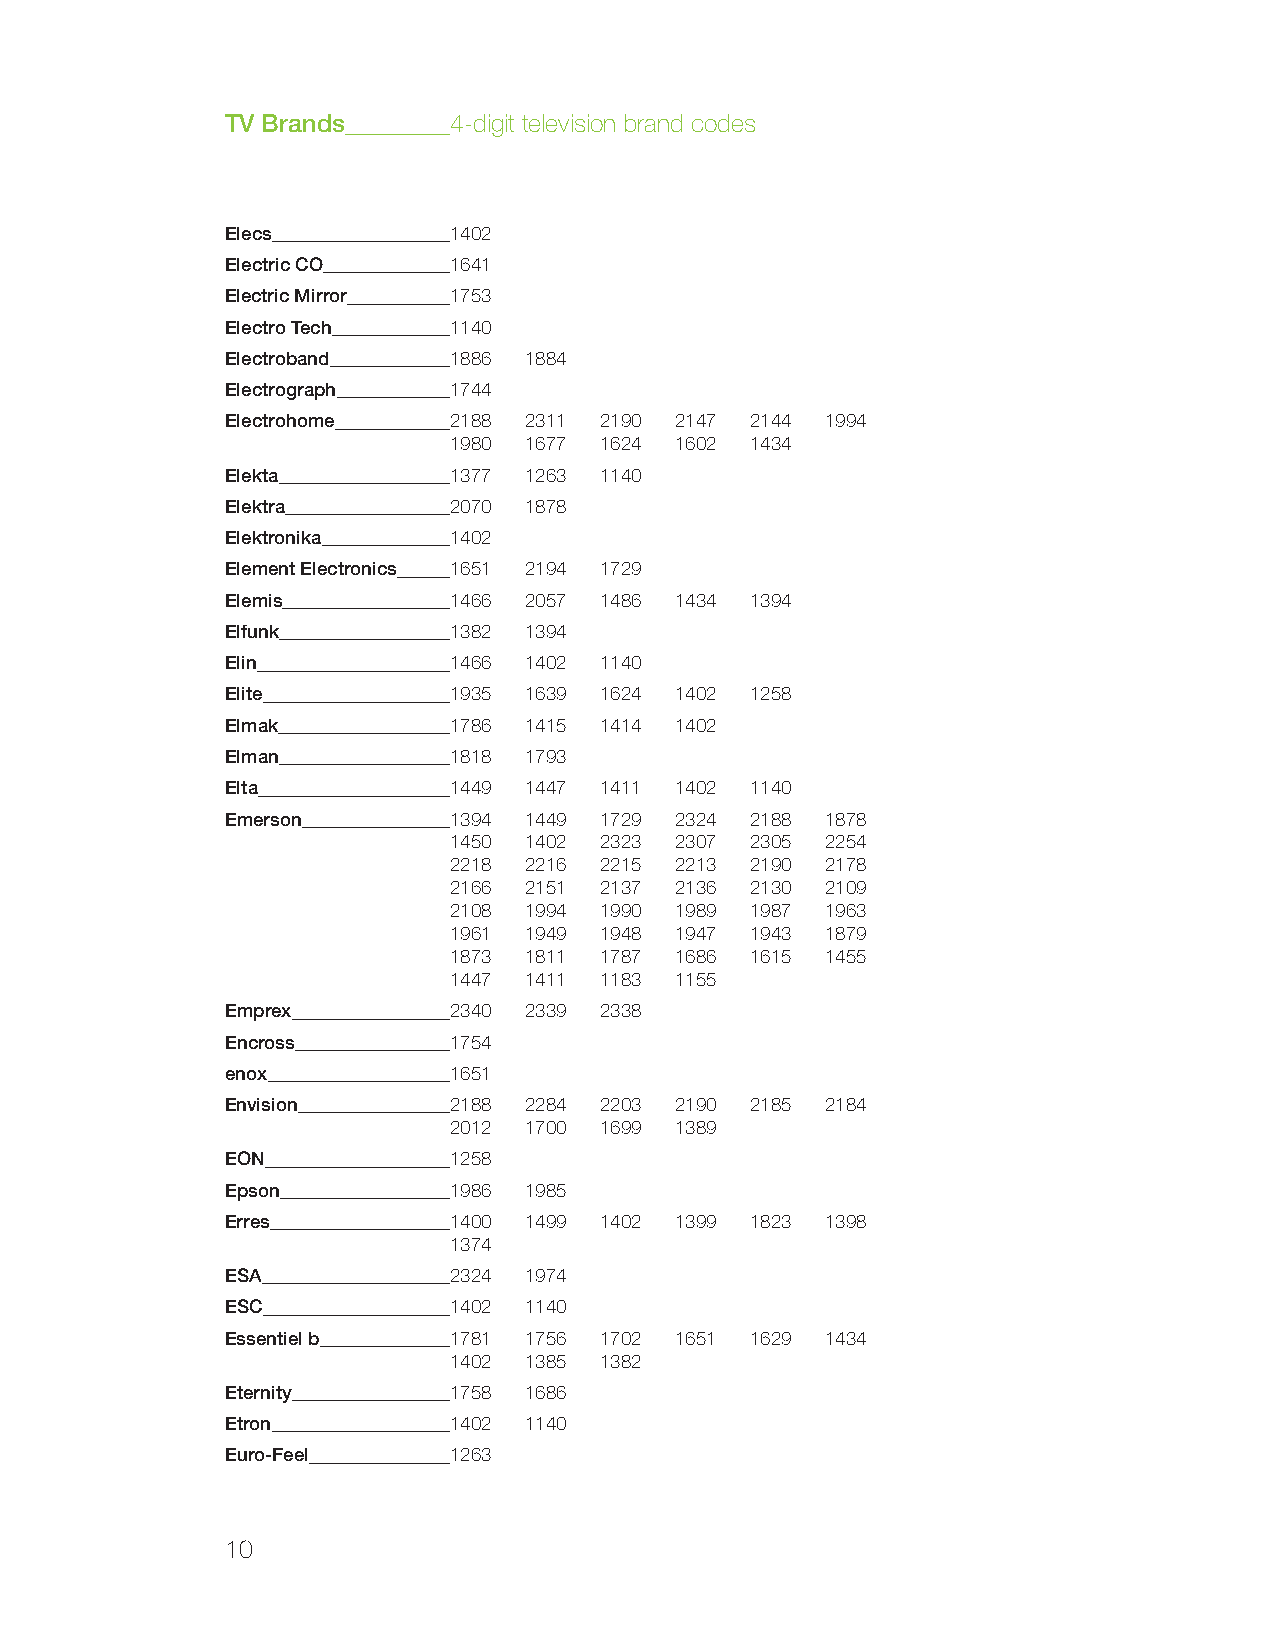
TV Brands      4-digit television brand codes
 Elecs          1402
 Electric CO    1641
 Electric Mirror 1753
 Electro Tech   1140
 Electroband    1886 1884
 Electrograph   1744
 Electrohome    2188 2311 2190 2147 2144 1994
 1980 1677 1624 1602 1434
 Elekta         1377 1263 1140
 Elektra        2070 1878
 Elektronika    1402
 Element Electronics 1651 2194 1729
 Elemis         1466 2057 1486 1434 1394
 Elfunk         1382 1394
 Elin           1466 1402 1140
 Elite          1935 1639 1624 1402 1258
 Elmak          1786 1415 1414 1402
 Elman          1818 1793
 Elta           1449 1447 1411 1402 1140
 Emerson        1394 1449 1729 2324 2188 1878
 1450 1402 2323 2307 2305 2254
 2218 2216 2215 2213 2190 2178
 2166 2151 2137 2136 2130 2109
 2108 1994 1990 1989 1987 1963
 1961 1949 1948 1947 1943 1879
 1873 1811 1787 1686 1615 1455
 1447 1411 1183 1155
 Emprex         2340 2339 2338
 Encross        1754
 enox           1651
 Envision       2188 2284 2203 2190 2185 2184
 2012 1700 1699 1389
 EON            1258
 Epson          1986 1985
 Erres          1400 1499 1402 1399 1823 1398
 1374
 ESA            2324 1974
 ESC            1402 1140
 Essentiel b    1781 1756 1702 1651 1629 1434
 1402 1385 1382
 Eternity       1758 1686
 Etron          1402 1140
 Euro-Feel      1263
 10